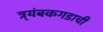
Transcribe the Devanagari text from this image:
त्र्यंबकगडाची